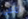
امضى